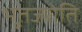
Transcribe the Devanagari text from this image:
भूतज्योति